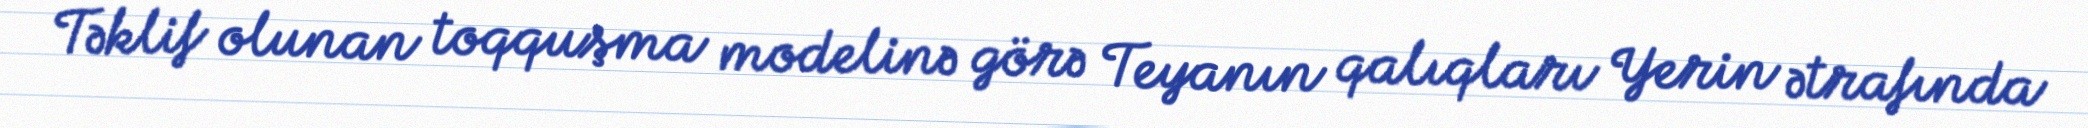
Təklif olunan toqquşma modelinə görə Teyanın qalıqları Yerin ətrafında